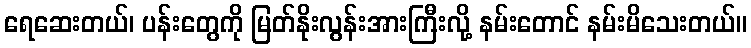
ရေဆေးတယ်၊ ပန်းတွေကို မြတ်နိုးလွန်းအားကြီးလို့ နမ်းတောင် နမ်းမိသေးတယ်။